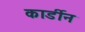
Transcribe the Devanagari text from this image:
कार्डीन